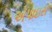
એપાઇસ